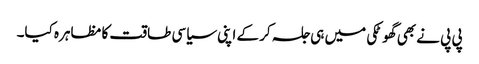
پی پی نے بھی گھوٹکی میں ہی جلسہ کر کے اپنی سیاسی طاقت کا مظاہرہ کیا۔